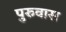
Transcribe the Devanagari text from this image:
पुरुवास